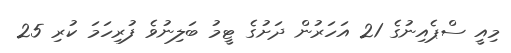
މިއީ ސްޕެއިނުގެ 21 އަހަރުން ދަށުގެ ޓީމު ބަލިނުވެ ފުރިހަމަ ކުރި 25